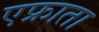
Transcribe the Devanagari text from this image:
एफ्राता